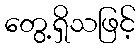
တွေ့ရှိသဖြင့်